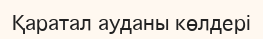
Қаратал ауданы көлдері